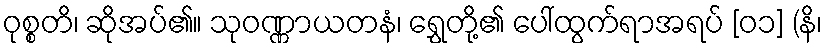
ဝုစ္စတိ၊ ဆိုအပ်၏။ သုဝဏ္ဏာယတနံ၊ ရွှေတို့၏ ပေါ်ထွက်ရာအရပ် [၀၁] (နိ၊